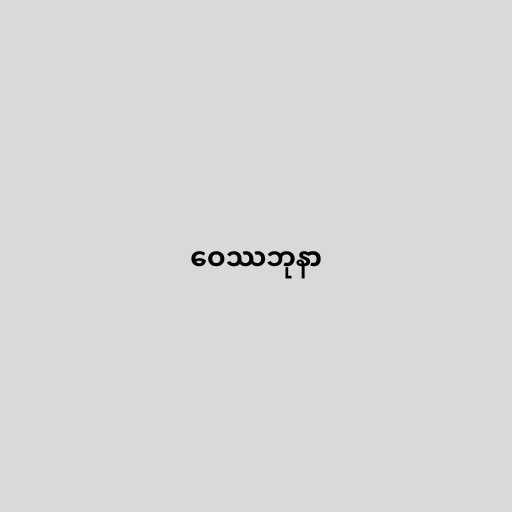
ဝေဿဘုနာ